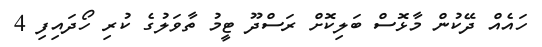
ހައެއް ދޭކުން މާޅޮސް ބަލިކޮށް ރަސްދޫ ޓީމު ތާވަލުގެ ކުރި ހޯދައިފި 4